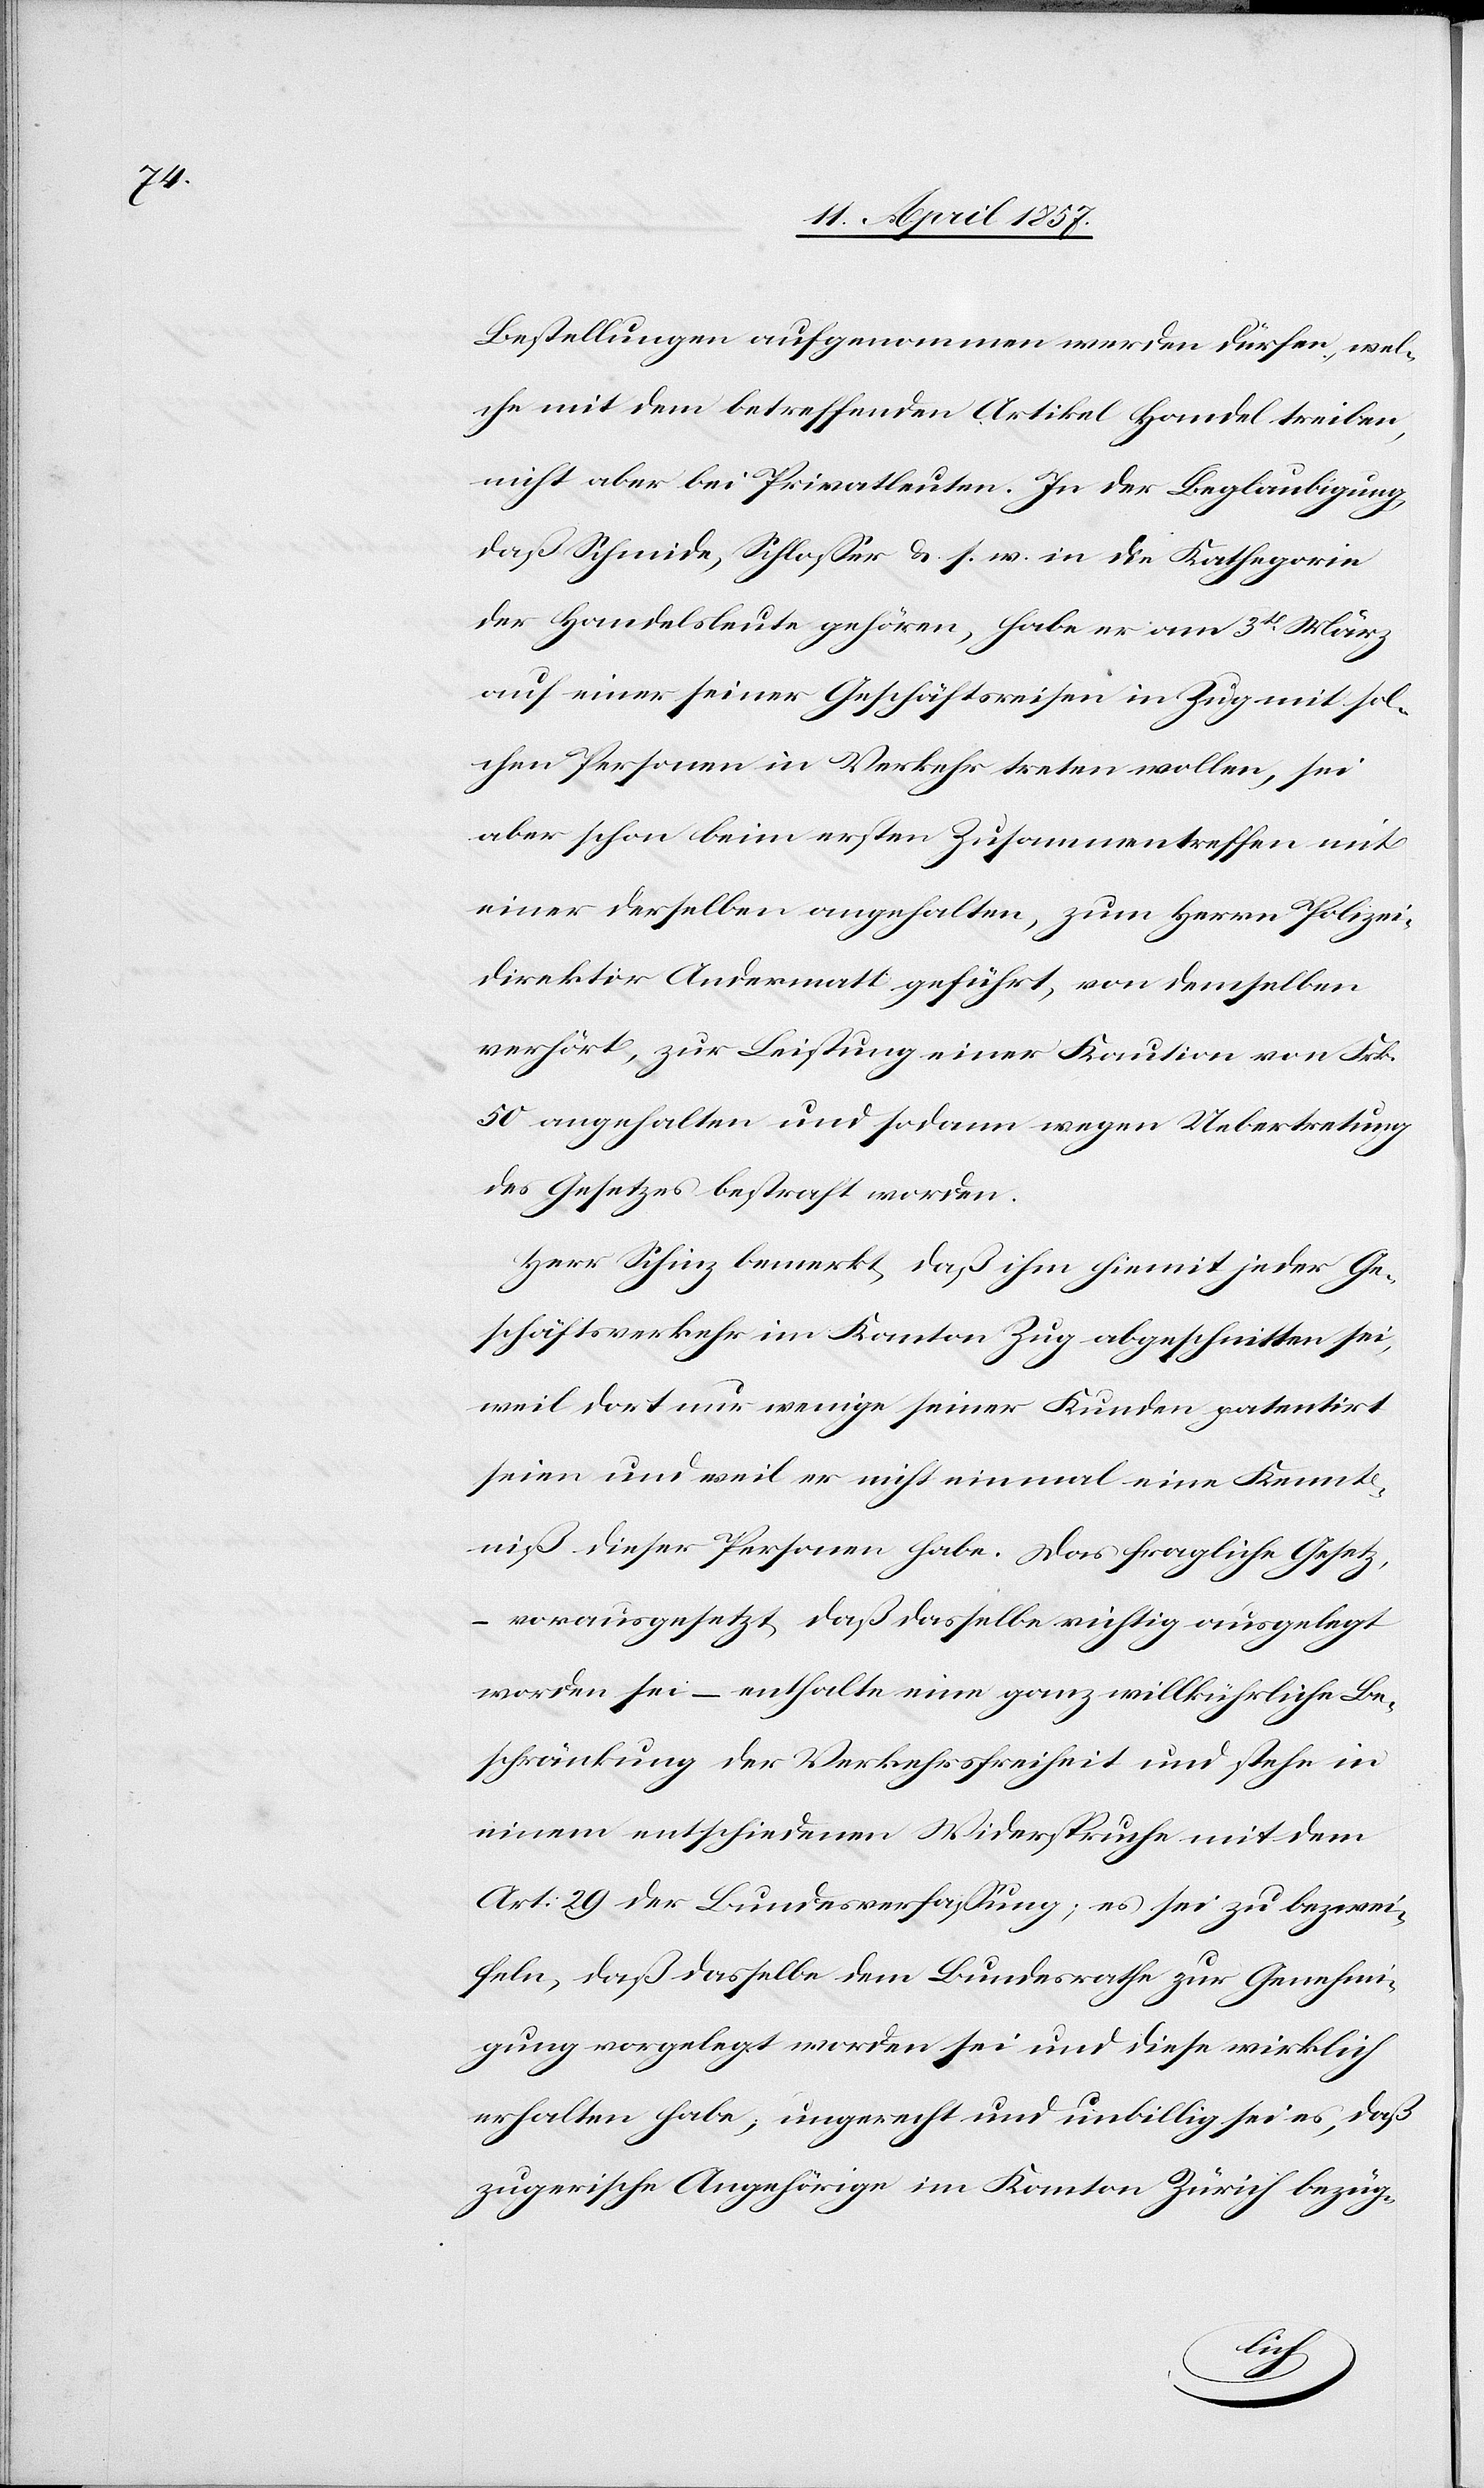
Bestellungen aufgenommen werden dürfen, wel¬
che mit dem betreffenden Artikel Handel treiben,
nicht aber bei Privatleuten. In der Beglaubigung,
daß Schmide, Schlosser &. s. w. in die Kathegorie
der Handelsleute gehören, habe er am 3t März
auf einer seiner Geschäftsreisen in Zug mit sol¬
chen Personen in Verkehr treten wollen, sei
aber schon beim ersten Zusammentreffen mit
einer derselben angehalten, zum Herrn Polizei¬
direktor Andermatt geführt, von demselben
verhört, zur Leistung einer Kaution von Frk.
50 angehalten und sodann wegen Uebertretung
des Gesetzes bestraft worden.
Herr Schinz bemerkt, daß ihm hiemit jeder Ge¬
schäftsverkehr im Kanton Zug abgeschnitten sei,
weil dort nur wenige seiner Kunden patentirt
seien und weil er nicht einmal eine Kennt¬
niß dieser Personen habe. Das fragliche Gesetz,
– vorausgesetzt, daß dasselbe richtig ausgelegt
worden sei – enthalte eine ganz willkührliche Be¬
schränkung der Verkehrsfreiheit und stehe in
einem entschiedenen Widerspruche mit dem
Art: 29 der Bundesverfassung; es sei zu bezwei¬
feln, daß dasselbe dem Bundesrathe zur Genehmi¬
gung vorgelegt worden sei und diese wirklich
erhalten habe, ungerecht und unbillig sei es, daß
zugerische Angehörige im Kanton Zürich bezüg-